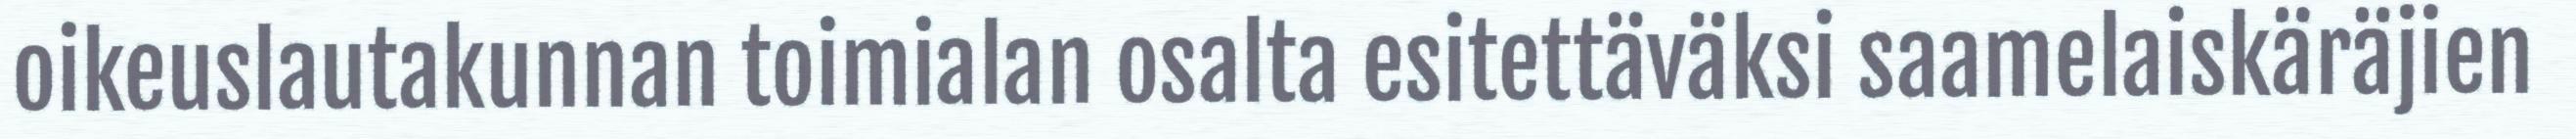
oikeuslautakunnan toimialan osalta esitettäväksi saamelaiskäräjien